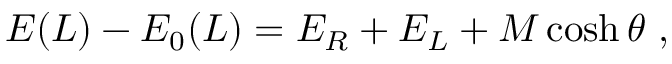
E ( L ) - E _ { 0 } ( L ) = E _ { R } + E _ { L } + M \cosh \theta \ ,